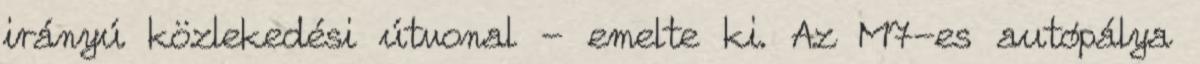
irányú közlekedési útvonal - emelte ki. Az M7-es autópálya